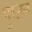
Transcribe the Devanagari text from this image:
पुरजळ